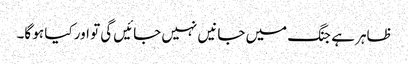
ظاہر ہے جنگ میں جانیں نہیں جائیں گی تو اور کیا ہو گا۔